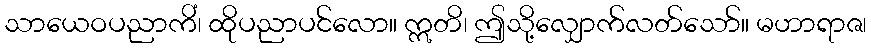
သာယေဝပညာကိံ၊ ထိုပညာပင်လော။ ဣတိ၊ ဤသို့လျှောက်လတ်သော်။ မဟာရာဇ၊